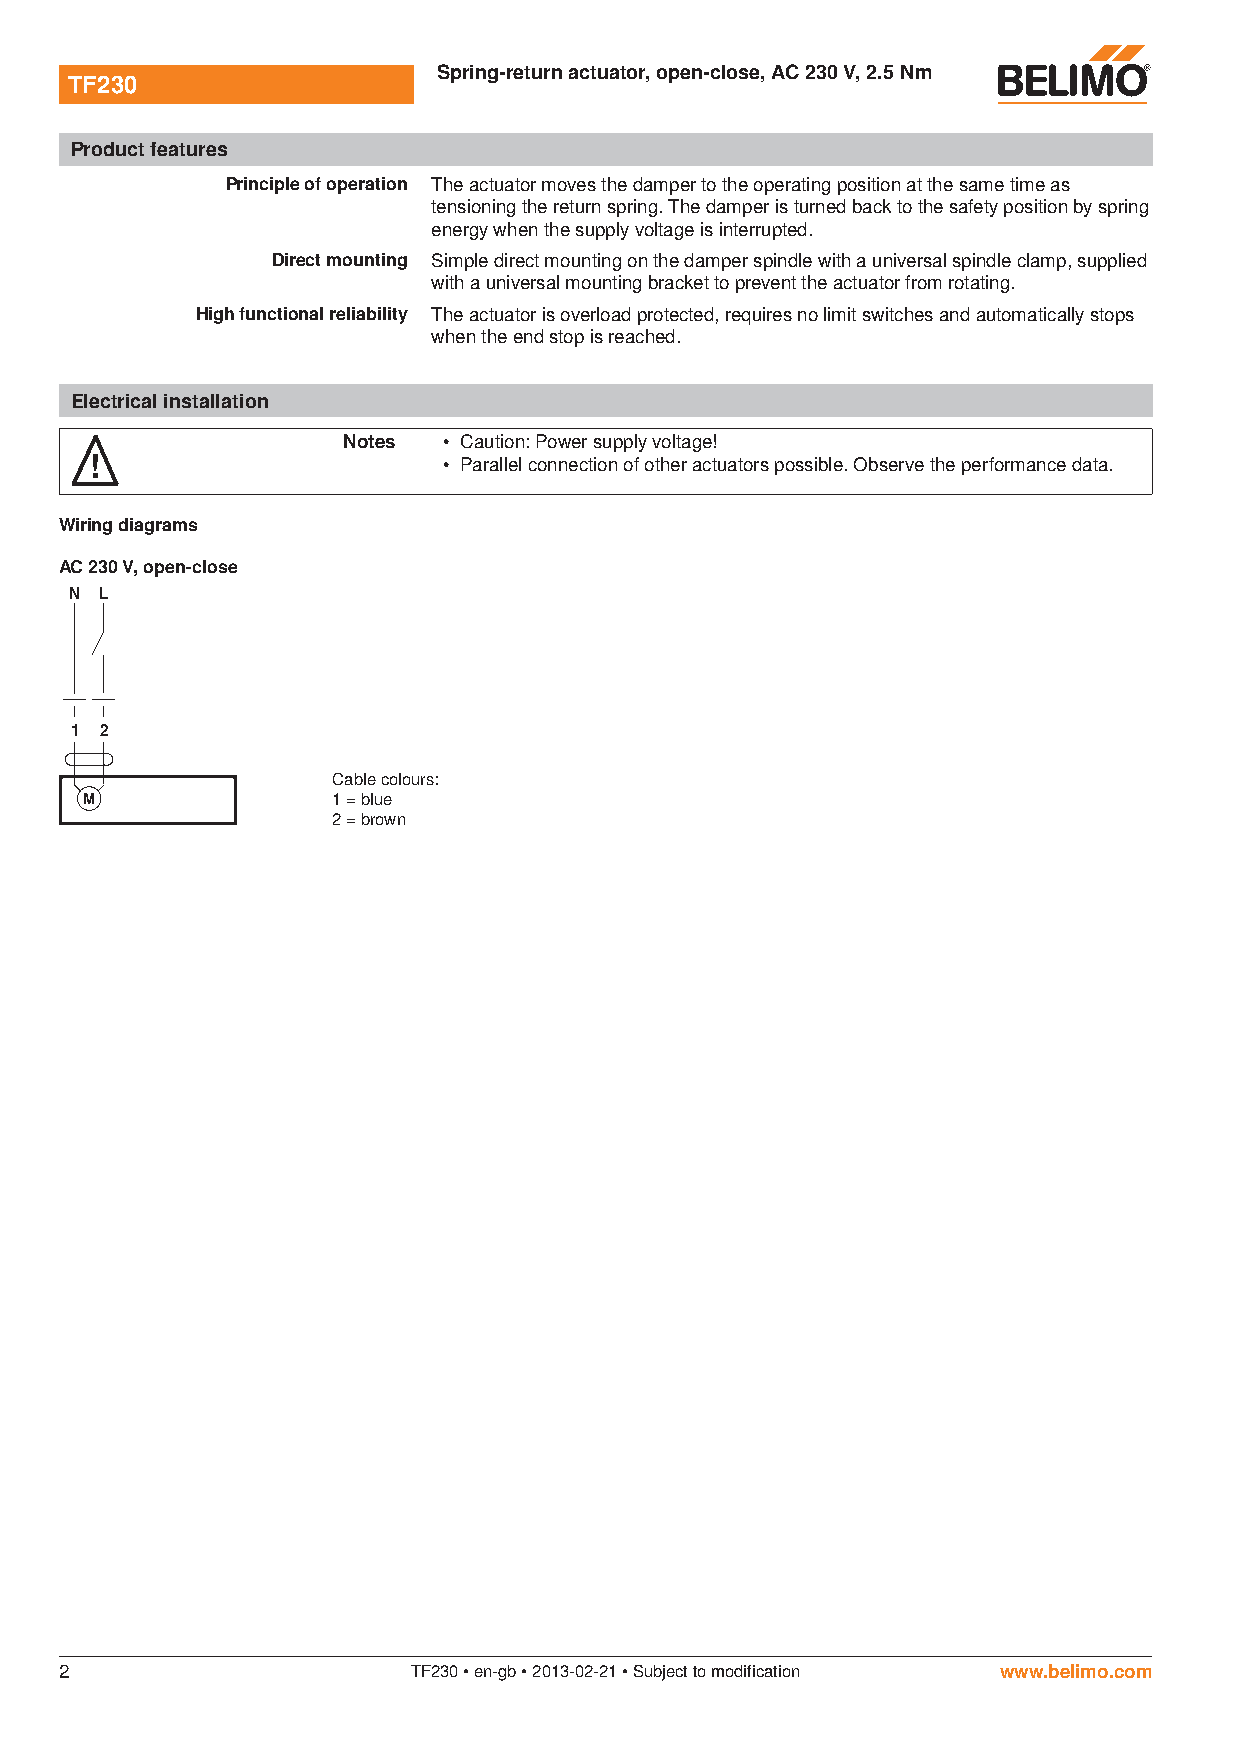
Spring-return actuator, open-close, AC 230 V, 2.5 Nm
 TF230
 Product features
 Principle of operation The actuator moves the damper to the operating position at the same time as
 tensioning the return spring. The damper is turned back to the safety position by spring
 energy when the supply voltage is interrupted.
 Direct mounting Simple direct mounting on the damper spindle with a universal spindle clamp, supplied
 with a universal mounting bracket to prevent the actuator from rotating.
 High functional reliability The actuator is overload protected, requires no limit switches and automatically stops
 when the end stop is reached.
 Electrical installation
 Notes • Caution: Power supply voltage!
 !                      • Parallel connection of other actuators possible. Observe the performance data.
 Wiring diagrams
 AC 230 V, open-close
 N L
 1 2
 Cable colours:
 M                1 = blue
 2 = brown
 2                      TF230 • en-gb • 2013-02-21 • Subject to modification www.belimo.com